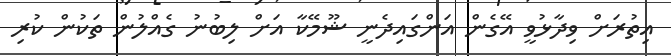
އިތުރަށް ވިދާޅުވީ އޭގެން އަންގައިދެނީ ޝޫމޭކާ އަށް ލިބުނު ގެއްލުން ތަކުން ކުރި